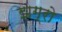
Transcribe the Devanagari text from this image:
झग्रो